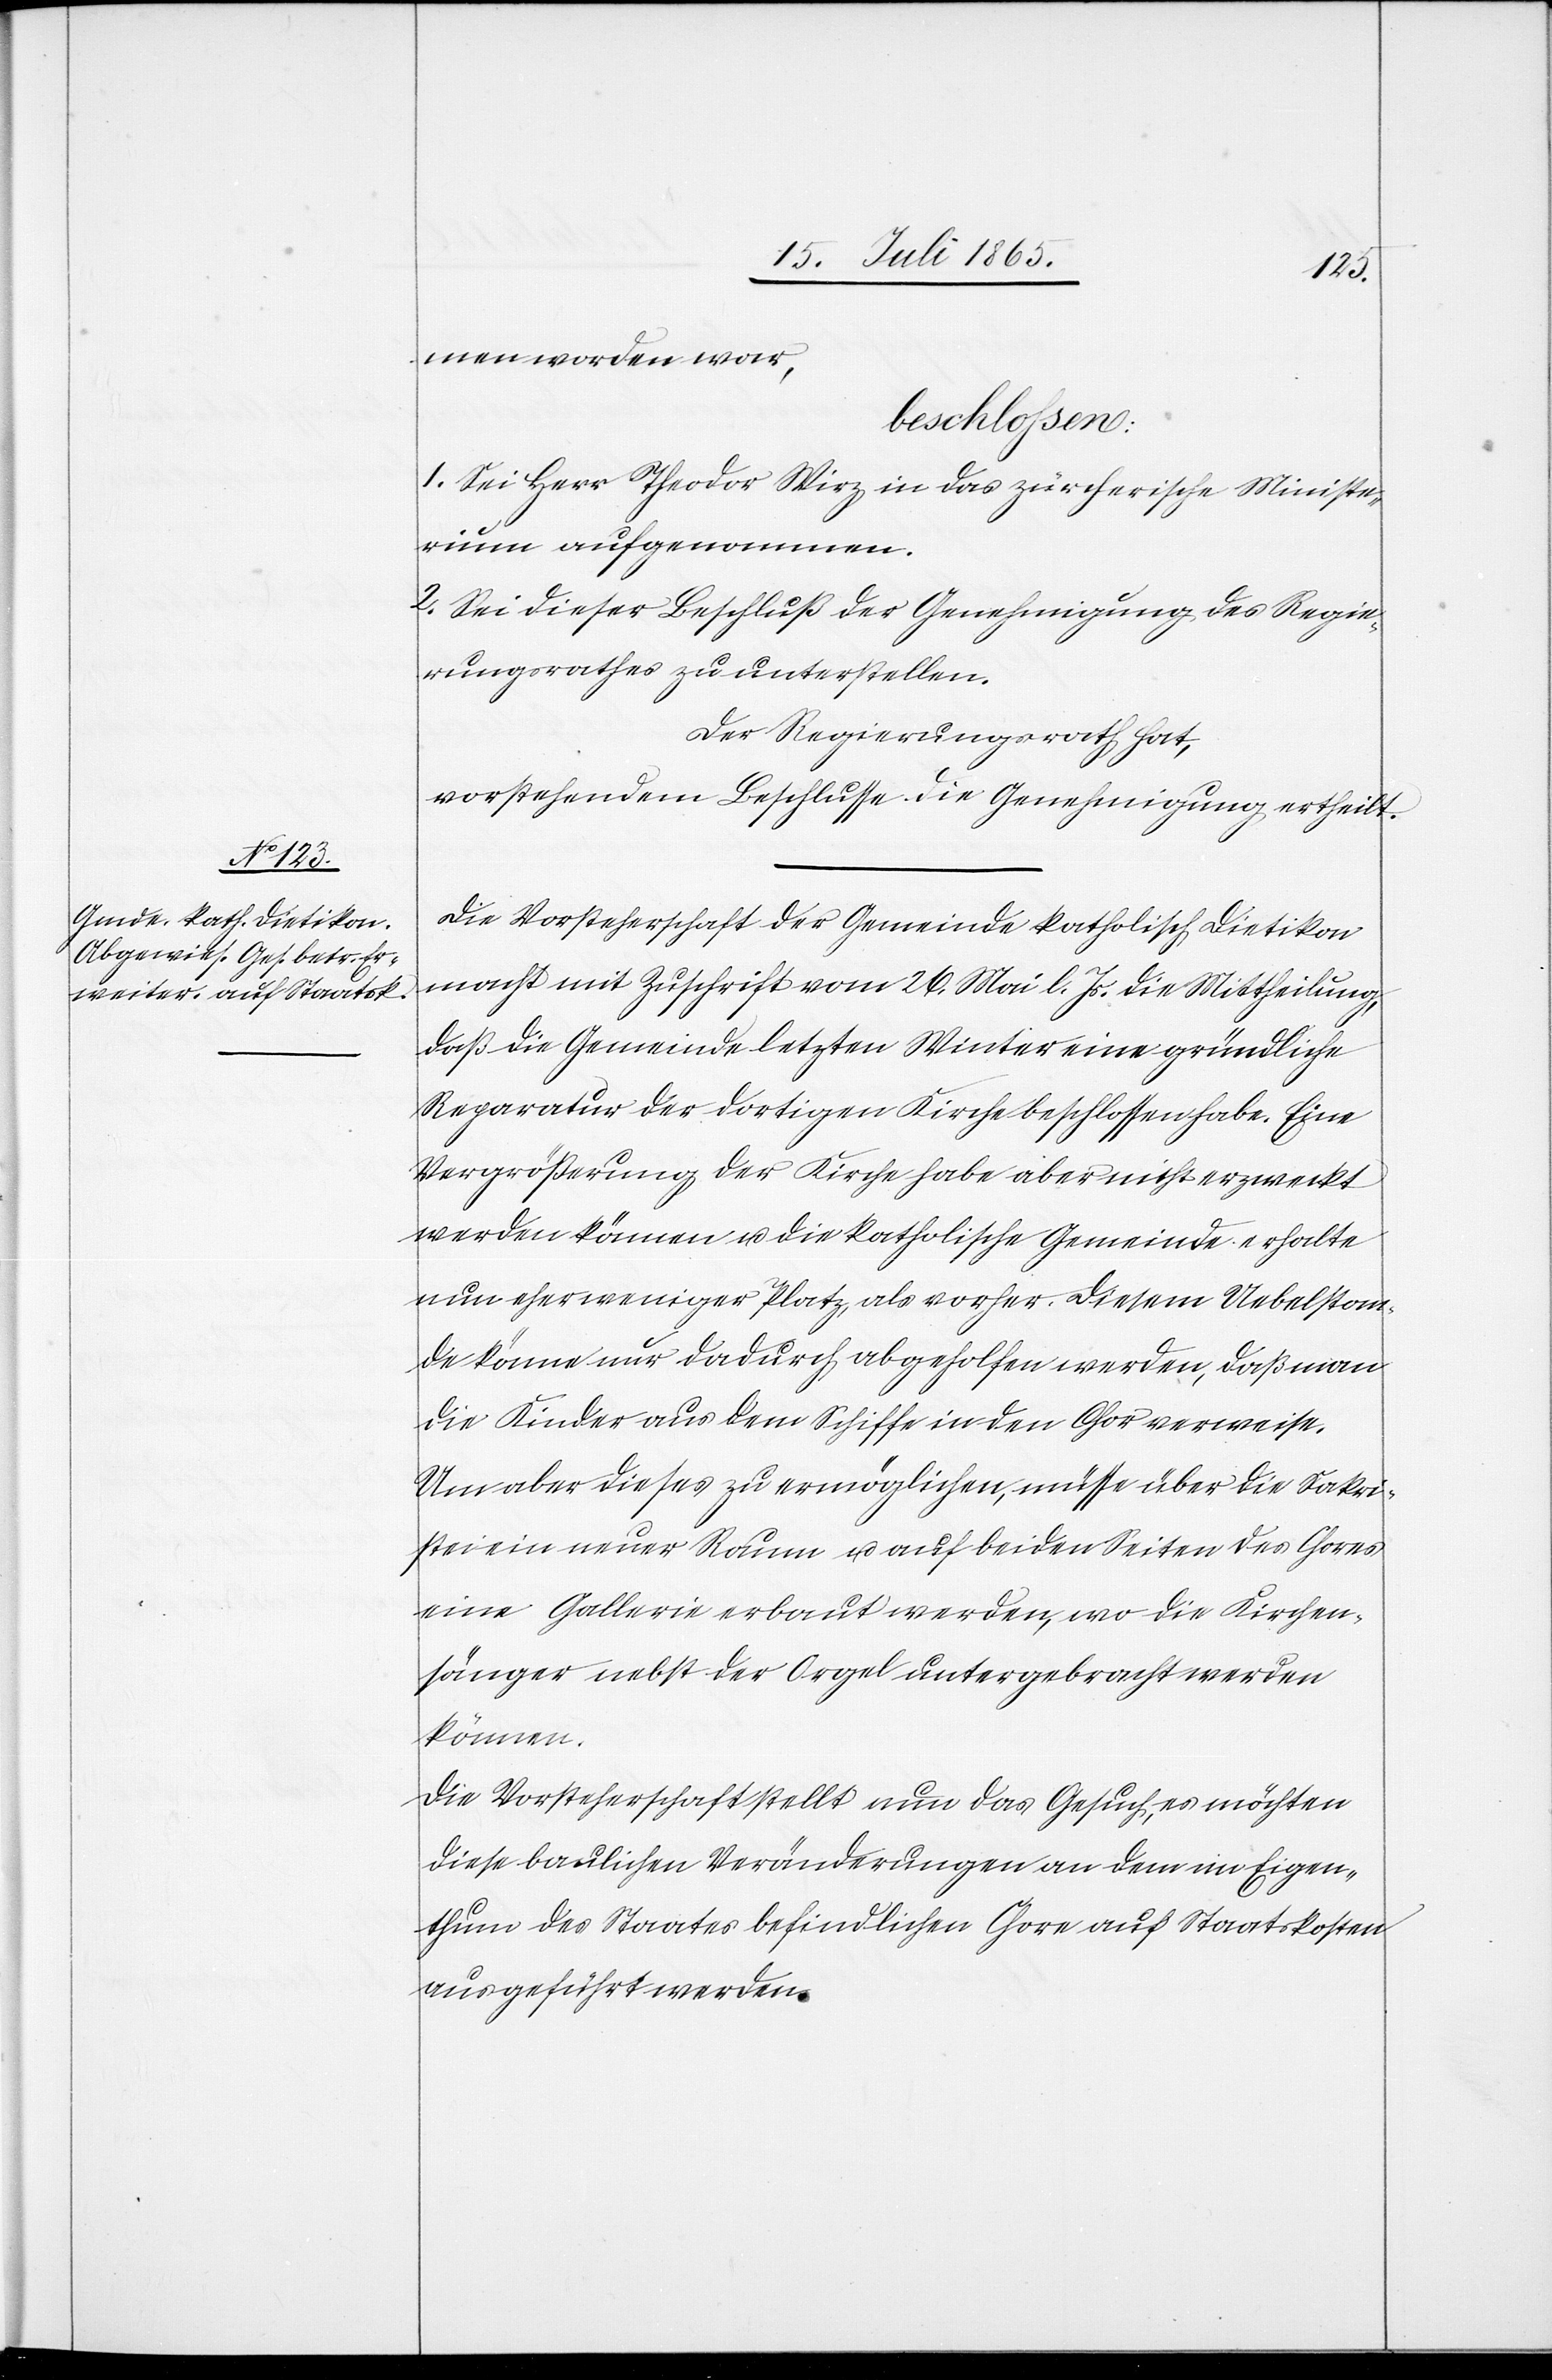
men worden war,
beschlossen:
1. Sei Herr Theodor Wirz in das zürcherische Ministe¬
rium aufgenommen.
2. Sei dieser Beschluß der Genehmigung des Regie¬
rungsrathes zu unterstellen.
Der Regierungsrath hat,
vorstehendem Beschlusse die Genehmigung ertheilt.
Die Vorsteherschaft der Gemeinde katholisch Dietikon
macht mit Zuschrift vom 26. Mai l. Js. die Mittheilung,
daß die Gemeinde letzten Winter eine gründliche
Reparatur der dortigen Kirche beschlossen habe. Eine
Vergrößerung der Kirche habe aber nicht erzweckt
werden können u. die katholische Gemeinde erhalte
nun eher weniger Platz, als vorher. Diesem Uebelstan¬
de könne nur dadurch abgeholfen werden, daß man
die Kinder aus dem Schiffe in den Chor verweise.
Um aber dieses zu ermöglichen, müsse über die Sakri¬
stei ein neuer Raum u. auf beiden Seiten des Chores
eine Gallerie erbaut werden, wo die Kirchen¬
sänger nebst der Orgel untergebracht werden
können.
Die Vorsteherschaft stellt nun das Gesuch, es möchten
diese baulichen Veränderungen an dem im Eigen¬
thum des Staates befindlichen Chore auf Staatskosten
ausgeführt werden.